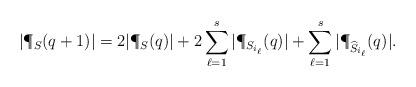
LaTeX: \begin{align*}|\P_S(q+1)|&=2|\P_S(q)|+2\displaystyle\sum_{\ell=1}^{s}|\P_{S_{i_\ell}}(q)|+\displaystyle\sum_{\ell=1}^{s}|\P_{\widehat{S}_{i_\ell}}(q)|.\end{align*}